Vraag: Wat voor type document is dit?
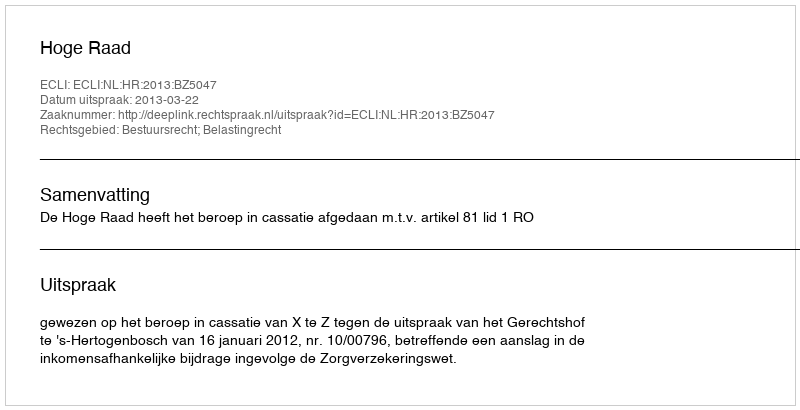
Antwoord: Uitspraak